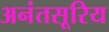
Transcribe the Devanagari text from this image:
अनंतसूरिय